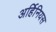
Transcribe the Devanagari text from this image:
अर्हिनियस